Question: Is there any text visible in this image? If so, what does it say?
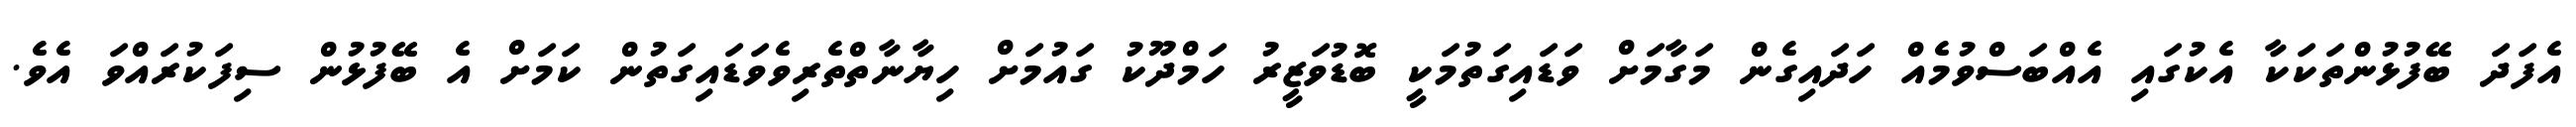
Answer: އެފަދަ ބޭފުޅުންތަކަކާ އެކުގައި އެއްބަސްވުމެއް ހަދައިގެން މަގާމަށް ވަޑައިގަތުމަކީ ބޮޑުވަޒީރު ހަމްދޫކު ގައުމަށް ހިޔާނާތްތެރިވެވަޑައިގަތުން ކަމަށް އެ ބޭފުޅުން ސިފަކުރައްވަ އެވެ.